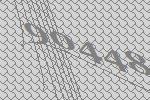
90448